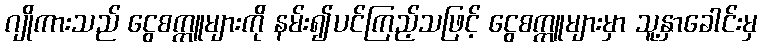
ဂျိုကားသည် ငွေစက္ကူများကို နမ်း၍ပင်ကြည့်သဖြင့် ငွေစက္ကူများမှာ သူ့နှာခေါင်းမှ